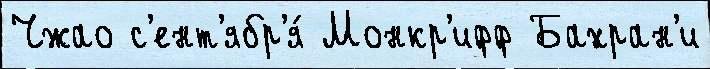
Чжао с'ент'ябр'я́ Монкр'ифф Бахран'и